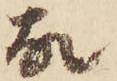
故